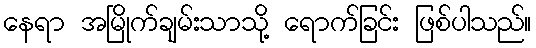
နေရာ အမြိုက်ချမ်းသာသို့ ရောက်ခြင်း ဖြစ်ပါသည်။